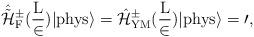
LaTeX: \begin{align*}\hat{\tilde{\cal H}}_{\rm F}^{\pm}(\frac{\rm L}{2}) |{\rm phys}\rangle = \hat{\cal H}_{\rm YM}^{\pm}(\frac{\rm L}{2})|{\rm phys} \rangle =0 ,\end{align*}